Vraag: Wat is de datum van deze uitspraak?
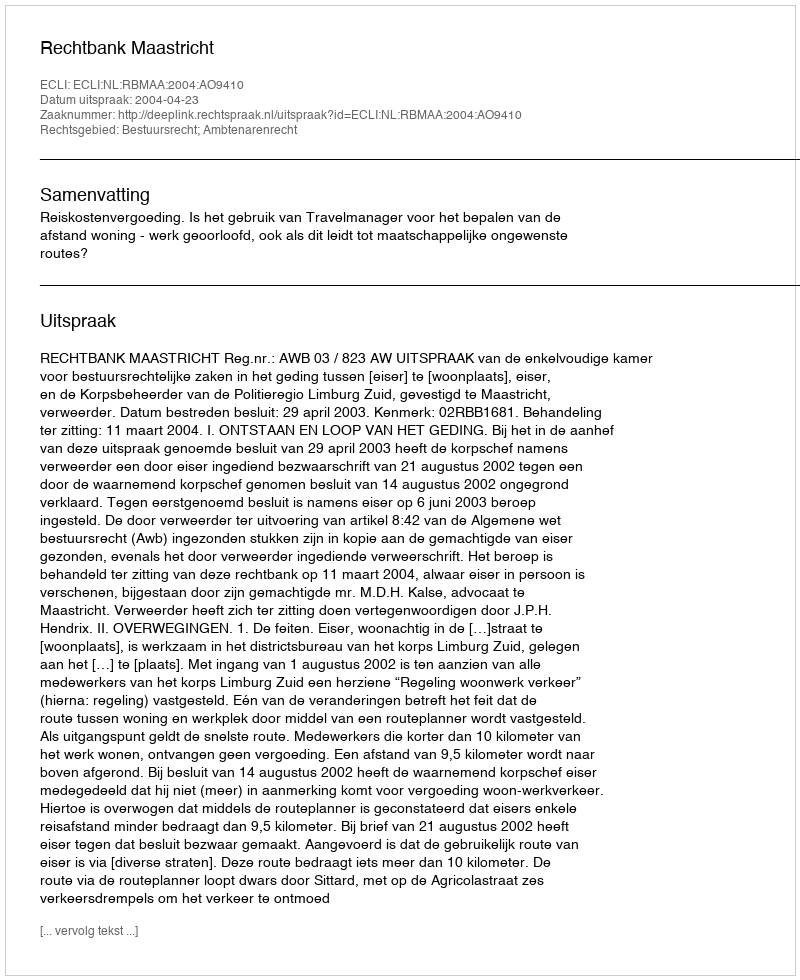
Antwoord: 2004-04-23